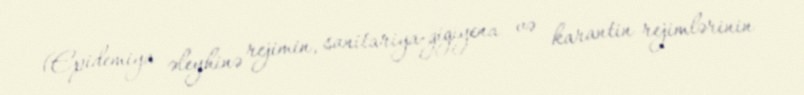
(Epidemiya əleyhinə rejimin, sanitariya-gigiyena və karantin rejimlərinin